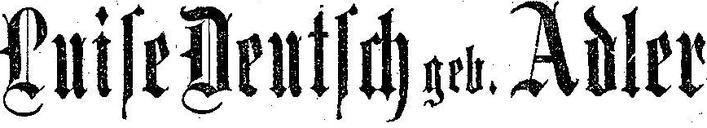
Luise Deutsch geb. Adler